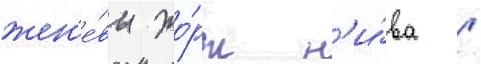
жен'е́вы жо́рж н'и́ва /